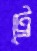
ট্রে